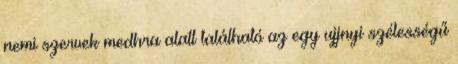
nemi szervek medhra alatt található az egy ujjnyi szélességű